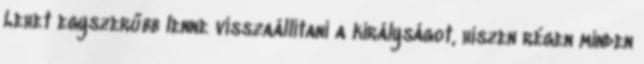
Lehet egyszerűbb lenne visszaállítani a királyságot, hiszen régen minden